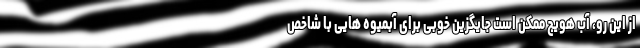
از این رو، آب هویج ممکن است جایگزین خوبی برای آبمیوه هایی با شاخص